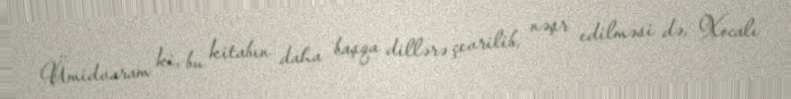
Ümidvaram ki, bu kitabın daha başqa dillərə çevrilib, nəşr edilməsi də, Xocalı